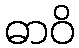
ဓာဝိ